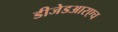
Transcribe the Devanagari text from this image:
डीजेडआरएच